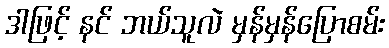
ဒါဖြင့် နင် ဘယ်သူလဲ မှန်မှန်ပြောစမ်း